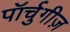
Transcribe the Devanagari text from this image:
पॉर्चुगीज़